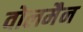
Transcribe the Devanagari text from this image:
वोलमैन